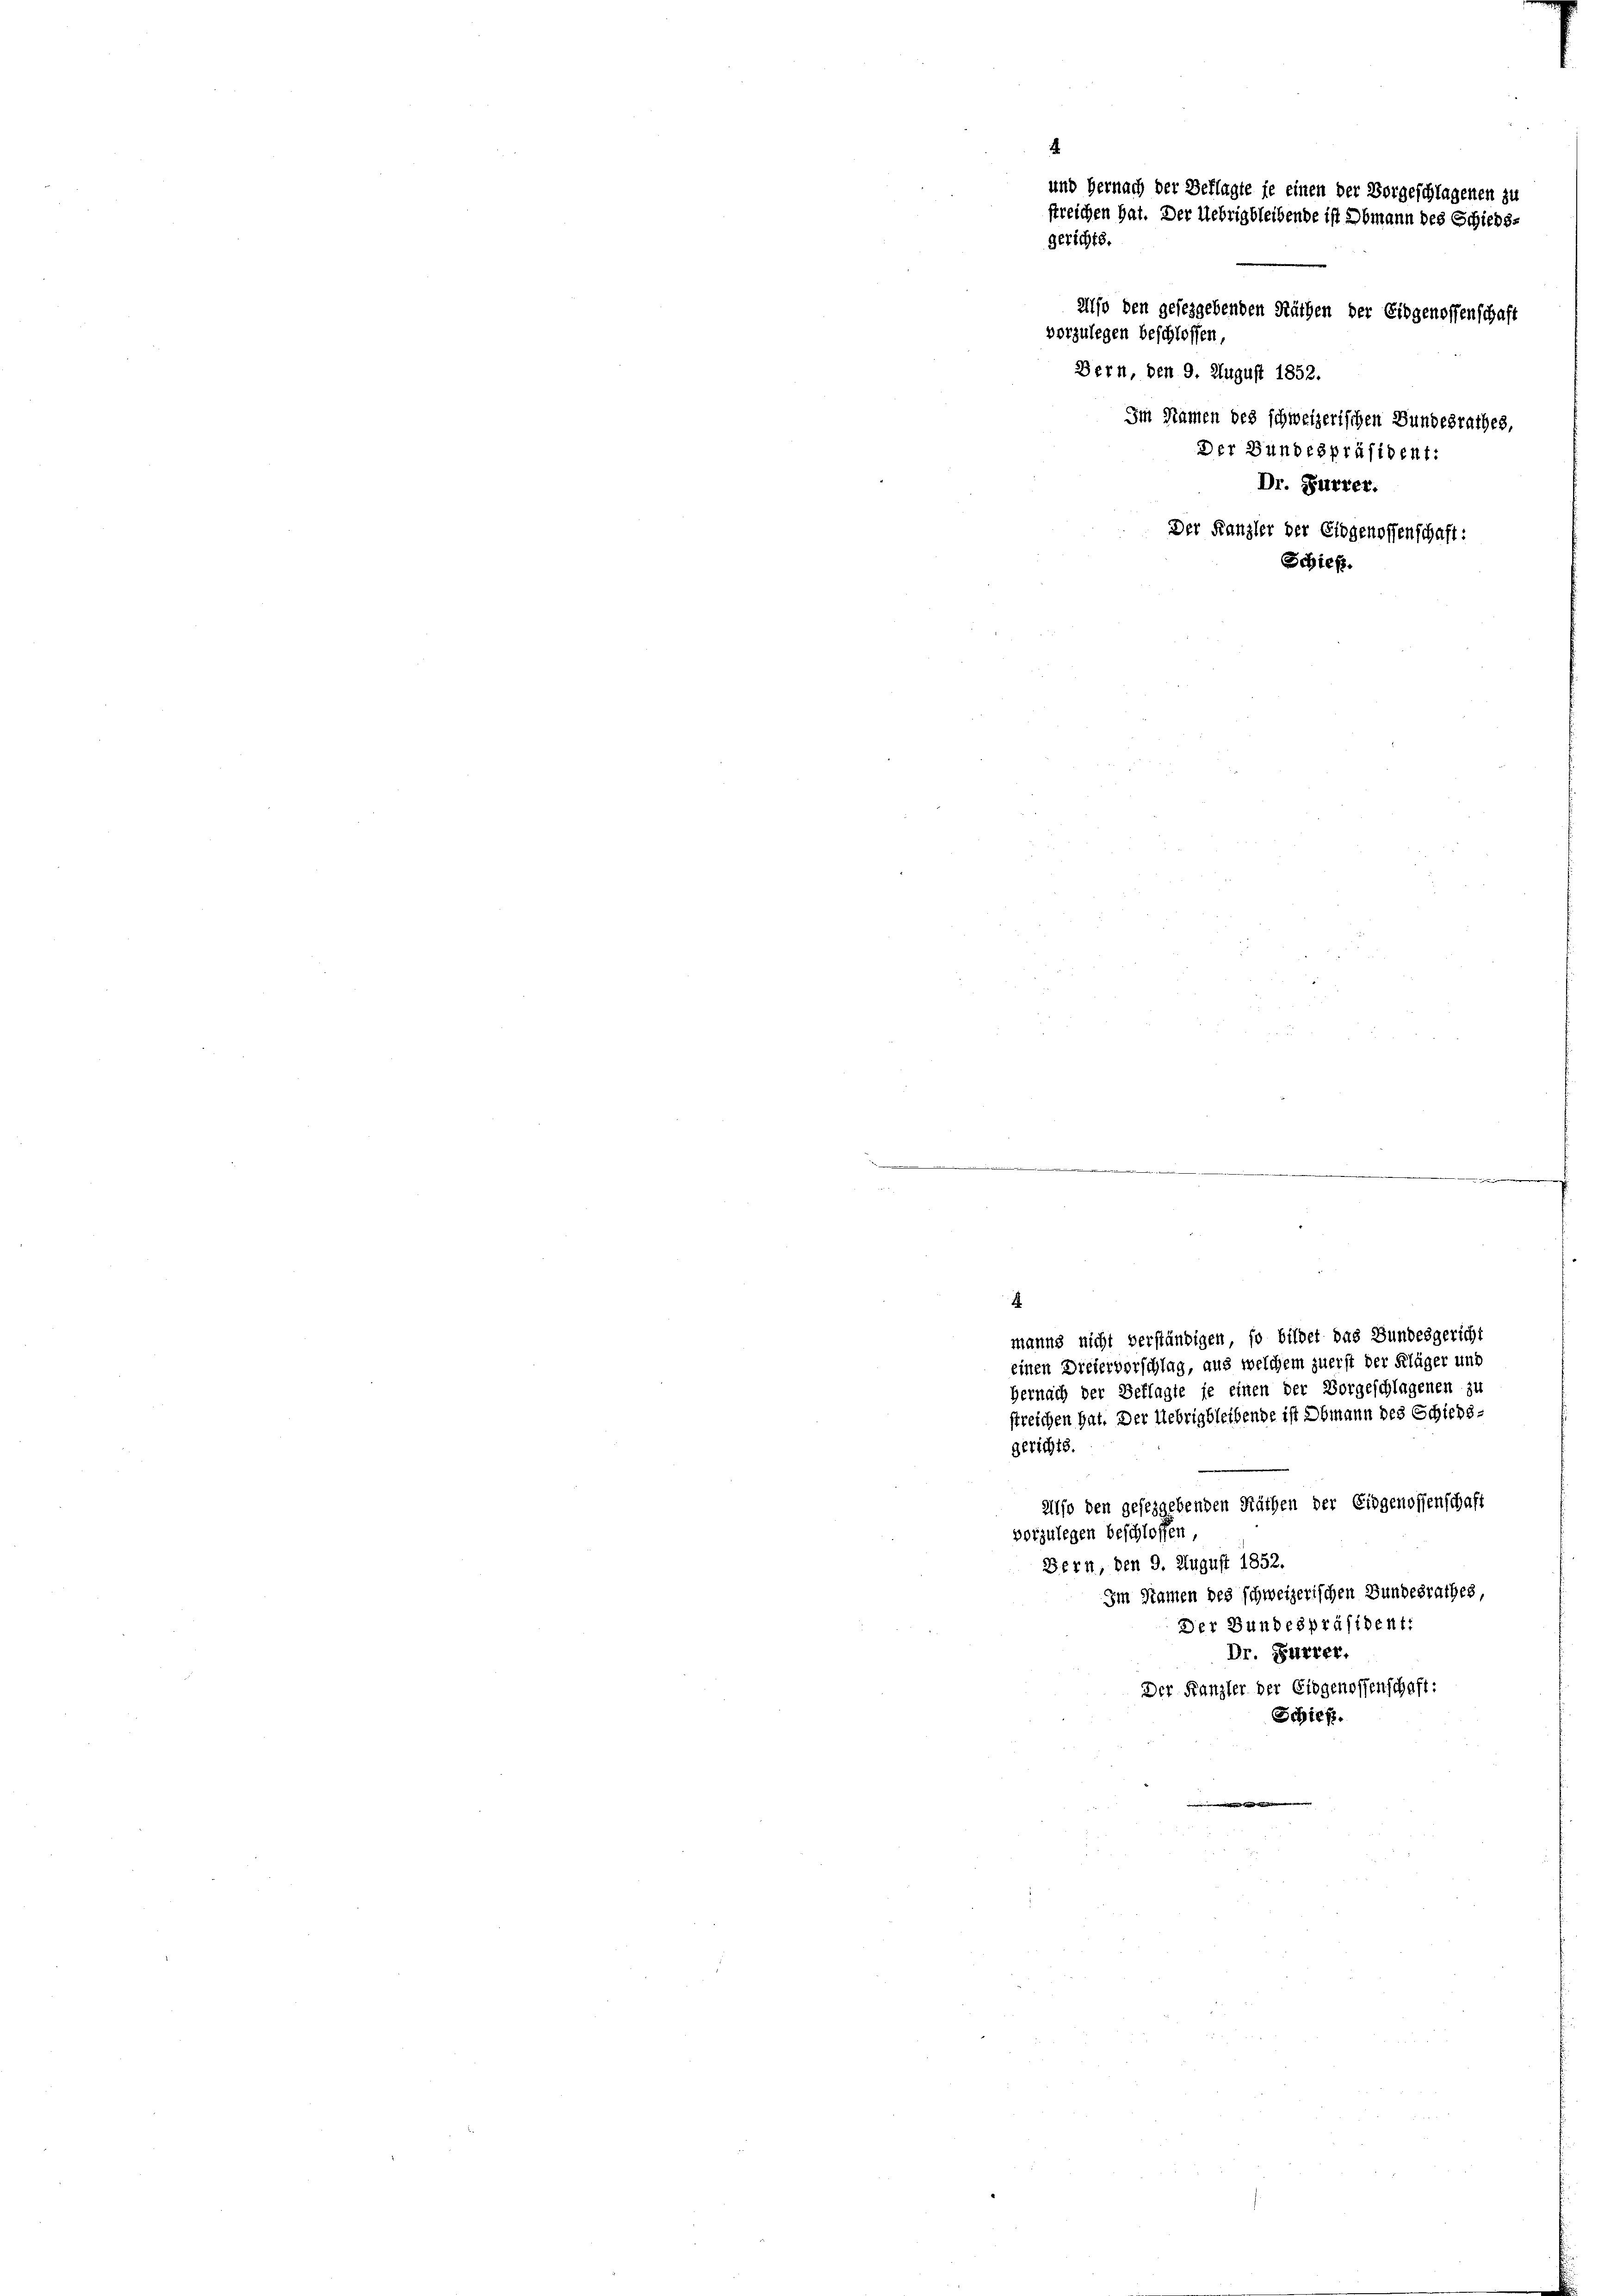
und Hernach der Beklagte je einen der Vorgeschlagenen zu
streichen hat. Der Uebrigbleibende ist Obmann des Schieds-
n
Also den gesezgebenden Räthen der Eidgenossenschaft
vorzulegen beschlossen,
Bern, den 9. August 1852.
Im Namen des schweizerischen Bundesrathes,
Der Bundespräsident:
Dr. Furrer.
Der Kanzler der Eidgenossenschaft:
Schieß.

4

gerichts.

wie der in als zu den wie de mit seiner die |
4
manns nicht verständigen, so bildet das Bundesgericht
einen Dreiervorschlag, aus welchem zuerst der Kläger und
Hernach der Beklagte je einen der Vorgeschlagenen zu
streichen hat. Der Uebrig bleibende ist Obmann des Schieds-
gerichts.
allso den geseggebenden Räthen der Eidgenossenschaft
vorzulegen beschlossen,
Bern, den 9. August 1852.
Im Namen des schweizerischen Bundesrathes,
Der Bundespräsident:
Dr. Furrer,
Der Kanzler der Eidgenossenschaft:
Schief.